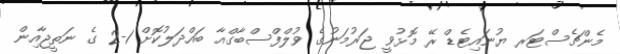
މެންޗެސްޓަރ ޔުނައިޓެޑް ރޭ މޮޅުވީ ޖަރުމަނުގެ ވުލްފްސްބާގްއާ ބައްދަލުކޮށް 1-2 ގެ ނަތީޖާއިން